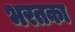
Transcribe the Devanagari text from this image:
भरतका